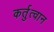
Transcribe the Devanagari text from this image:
कर्तुत्वान